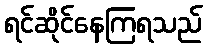
ရင်ဆိုင်နေကြရသည်